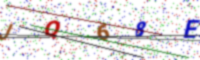
Text: JQ68E